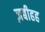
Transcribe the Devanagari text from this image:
ज़बीहह